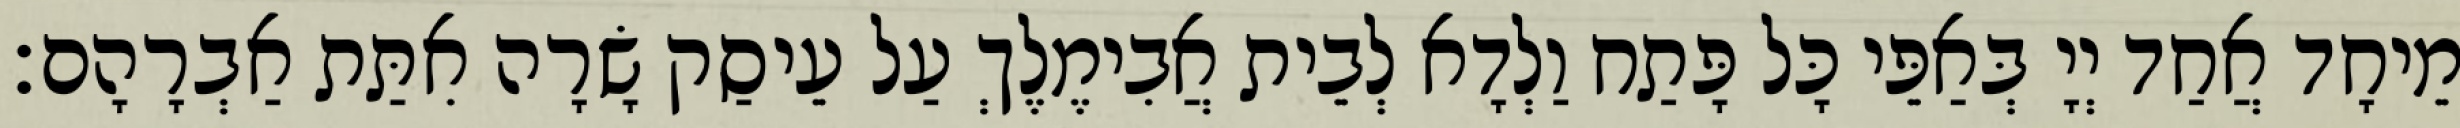
מֵיחָד אֲחַד יְיָ בְּאַפֵּי כָּל פָּתַח וַלְדָא לְבֵית אֲבִימֶלֶךְ עַל עֵיסַק שָׂרָה אִתַּת אַבְרָהָם׃